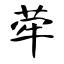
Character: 荦